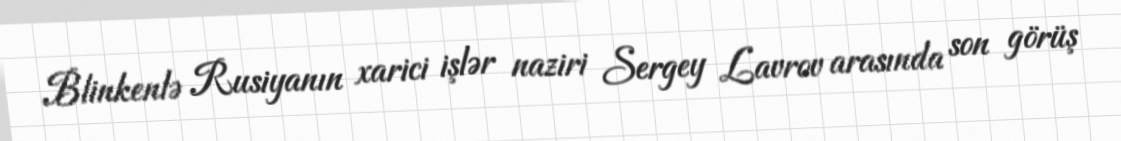
Blinkenlə Rusiyanın xarici işlər naziri Sergey Lavrov arasında son görüş